Leaving Certificate Examination, 1909
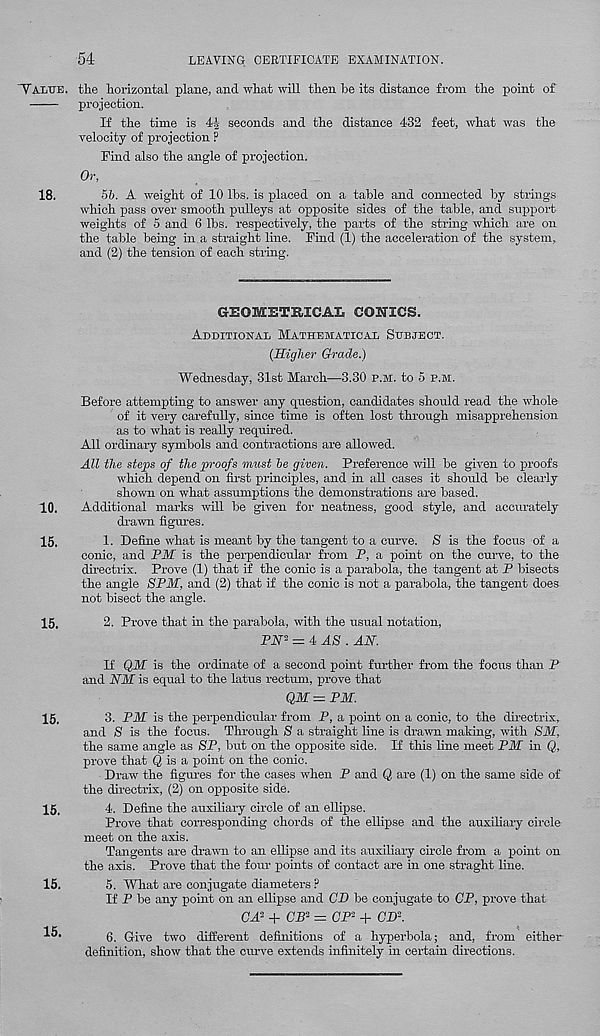
54
LEAVING CERTIFICATE EXAMINATION.
Tai/cte.
18.
10.
15.
15.
15.
15.
15.
the horizontal plane, and what will then he its distance from the point of
projection.
If the time is 4| seconds and the distance 432 feet, what was the
velocity of projection P
Find also the angle of projection.
Or,
56. A weight of 10 lbs. is placed on a table and connected by strings
which pass over smooth pulleys at opposite sides of the table, and support
weights of 5 and 6 lbs. respectively, the parts of the string which are on
the table being in a straight line. Find (1) the acceleration of the system,
and (2) the tension of each string.
GEOIIETB.ZCAL CONICS.
Additional Mathematical Subject.
(Higher Grade.)
Wednesday, 31st March—3.30 p.m. to 5 p.m.
Before attempting to answer any question, candidates should read the whole
of it very carefully, since time is often lost through misapprehension
as to what is really required.
All ordinary symbols and contractions are allowed.
All the steps of the proofs must he given. Preference will be given to proofs
which depend on first principles, and in all cases it should be clearly
shown on what assumptions the demonstrations are based.
Additional marks will be given for neatness, good style, and accurately
drawn figures.
1. Define what is meant by the tangent to a curve. S is the focus of a
conic, and PM is the perpendicular from P, a point on the curve, to the
directrix. Prove (1) that if the conic is a parabola, the tangent at P bisects
the angle SPM, and (2) that if the conic is not a parabola, the tangent does
not bisect the angle.
2. Prove that in the parabola, with the usual notation,
PN- = 4 AS . AN.
If QM is the ordinate of a second point further from the focus than P
and NM is equal to the latus rectum, prove that
QM= PM.
3. PM is the perpendicular from P, a point on a conic, to the directrix,
and S is the focus. Through S a straight line is drawn making, with SM,
the same angle as SP, but on the opposite side. If this line meet PM in Q,
prove that Q is a point on the conic.
Draw the figures for the cases when P and Q are (1) on the same side of
the directrix, (2) on opposite side.
4. Define the auxiliary circle of an ellipse.
Prove that corresponding chords of the ellipse and the auxiliary circle
meet on the axis.
Tangents are drawn to an ellipse and its auxiliary circle from a point on
the axis. Prove that the four points of contact are in one straght line.
5. What are conjugate diameters ?
If P be any point on an ellipse and CD be conjugate to CP, prove that
CA- + CP 2 = CP 2 + CD 2 .
6. Give two different definitions of a hyperbola; and, from either
definition, show that the curve extends infinitely in certain directions.
15.